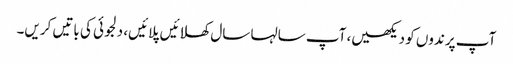
آپ پرندوں کو دیکھیں، آپ سالہا سال کھلائیں پلائیں، دلجوئی کی باتیں کریں۔